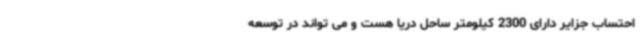
احتساب جزایر دارای 2300 کیلومتر ساحل دریا هست و می تواند در توسعه